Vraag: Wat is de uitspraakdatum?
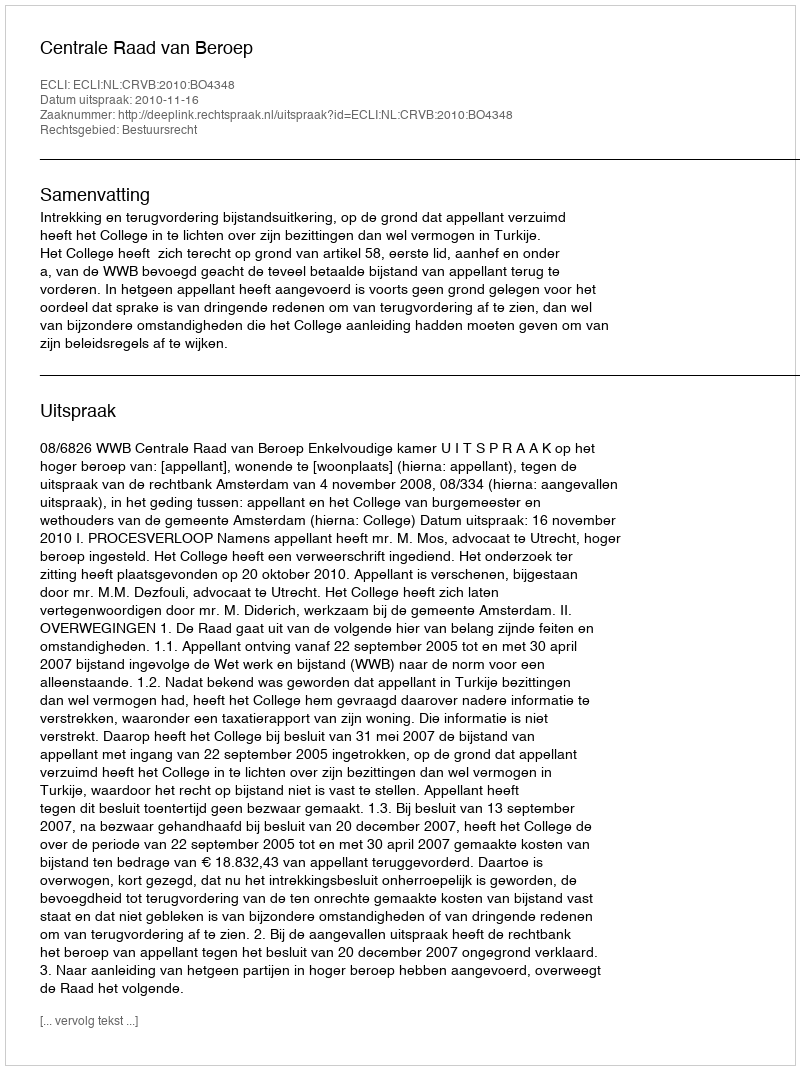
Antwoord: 2010-11-16